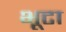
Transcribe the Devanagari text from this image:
भूटा